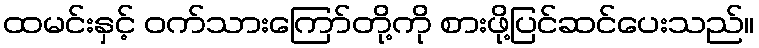
ထမင်းနှင့် ဝက်သားကြော်တို့ကို စားဖို့ပြင်ဆင်ပေးသည်။